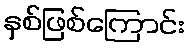
နှစ်ဖြစ်ကြောင်း